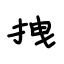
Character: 拽